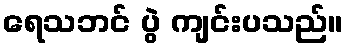
ရေသဘင် ပွဲ ကျင်းပသည်။